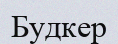
Будкер